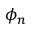
\phi _ { n }